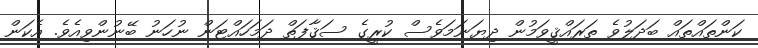
ކަންތައްތައް ބަދަލުވެ ތަރައްޤީވަމުން ދިޔަނަމަވެސް ކުރީގެ ސަޤާފަތް ދަމަހައްޓަން ނުހަނު ބޭނުންވިއެވެ. އެކަން